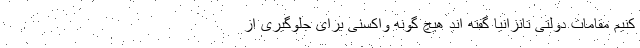
کنیم مقامات دولتی تانزانیا گفته اند هیچ گونه واکسنی برای جلوگیری از